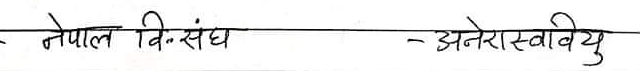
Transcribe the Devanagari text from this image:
नेपाल वि.संघ -अनेरास्ववियु